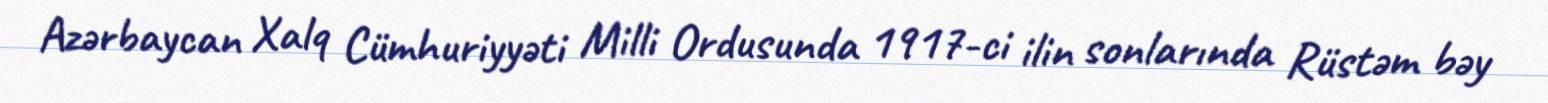
Azərbaycan Xalq Cümhuriyyəti Milli Ordusunda 1917-ci ilin sonlarında Rüstəm bəy